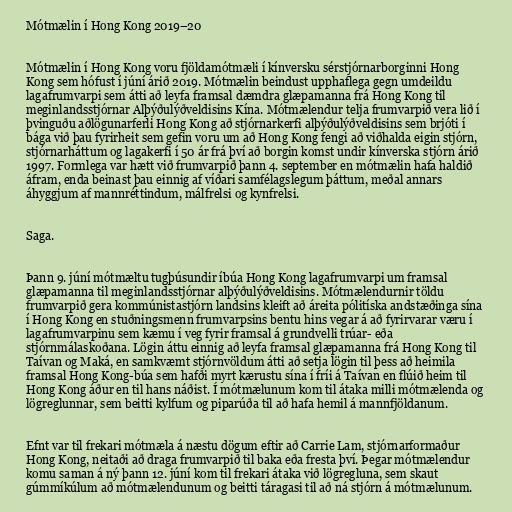
Mótmælin í Hong Kong 2019–20

Mótmælin í Hong Kong voru fjöldamótmæli í kínversku sérstjórnarborginni Hong
Kong sem hófust í júní árið 2019. Mótmælin beindust upphaflega gegn umdeildu
lagafrumvarpi sem átti að leyfa framsal dæmdra glæpamanna frá Hong Kong til
meginlandsstjórnar Alþýðulýðveldisins Kína. Mótmælendur telja frumvarpið vera lið í
þvinguðu aðlögunarferli Hong Kong að stjórnarkerfi alþýðulýðveldisins sem brjóti í
bága við þau fyrirheit sem gefin voru um að Hong Kong fengi að viðhalda eigin stjórn,
stjórnarháttum og lagakerfi í 50 ár frá því að borgin komst undir kínverska stjórn árið
1997. Formlega var hætt við frumvarpið þann 4. september en mótmælin hafa haldið
áfram, enda beinast þau einnig af víðari samfélagslegum þáttum, meðal annars
áhyggjum af mann­rétt­ind­um, málfrelsi og kyn­frelsi.

Saga.

Þann 9. júní mótmæltu tugþúsundir íbúa Hong Kong lagafrumvarpi um framsal
glæpamanna til meginlandsstjórnar alþýðulýðveldisins. Mótmælendurnir töldu
frumvarpið gera kommúnistastjórn landsins kleift að áreita póli­tísk­a and­stæðinga sín­a
í Hong Kong en stuðningsmenn frumvarpsins bentu hins vegar á að fyrirvarar væru í
lagafrumvarpinu sem kæmu í veg fyrir framsal á grund­velli trú­ar- eða
stjórn­mála­skoðana. Lögin áttu einnig að leyfa framsal glæpamanna frá Hong Kong til
Taívan og Maká, en samkvæmt stjórnvöldum átti að setja lögin til þess að heimila
framsal Hong Kong-búa sem hafði myrt kærustu sína í fríi á Taívan en flúið heim til
Hong Kong áður en til hans náðist. Í mótmælunum kom til átaka milli mótmælenda og
lögreglunnar, sem beitti kylfum og piparúða til að hafa hemil á mannfjöldanum.

Efnt var til frekari mótmæla á næstu dögum eftir að Carrie Lam, stjórnarformaður
Hong Kong, neitaði að draga frumvarpið til baka eða fresta því. Þegar mótmælendur
komu saman á ný þann 12. júní kom til frekari átaka við lögregluna, sem skaut
gúmmíkúlum að mótmælendunum og beitti táragasi til að ná stjórn á mótmælunum.